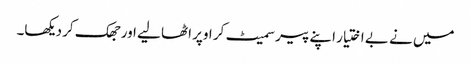
میں نے بے اختیار اپنے پیر سمیٹ کر اوپر اٹھا لیے اور جھک کر دیکھا۔